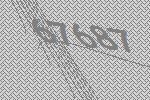
67687